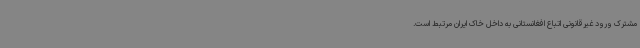
مشترک ورود غیرقانونی اتباع افغانستانی به داخل خاک ایران مرتبط است.